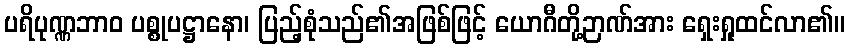
ပရိပုဏ္ဏဘာဝ ပစ္စုပဋ္ဌာနော၊ ပြည့်စုံသည်၏အဖြစ်ဖြင့် ယောဂီတို့ဉာဏ်အား ရှေးရှုထင်လာ၏။